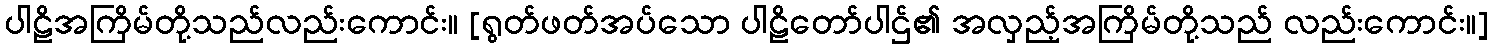
ပါဠိအကြိမ်တို့သည်လည်းကောင်း။ [ရွတ်ဖတ်အပ်သော ပါဠိတော်ပါဌ်၏ အလှည့်အကြိမ်တို့သည် လည်းကောင်း။]